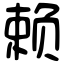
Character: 赖